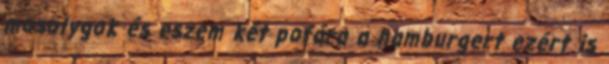
mosolygok és eszem két pofára a hamburgert ezért is